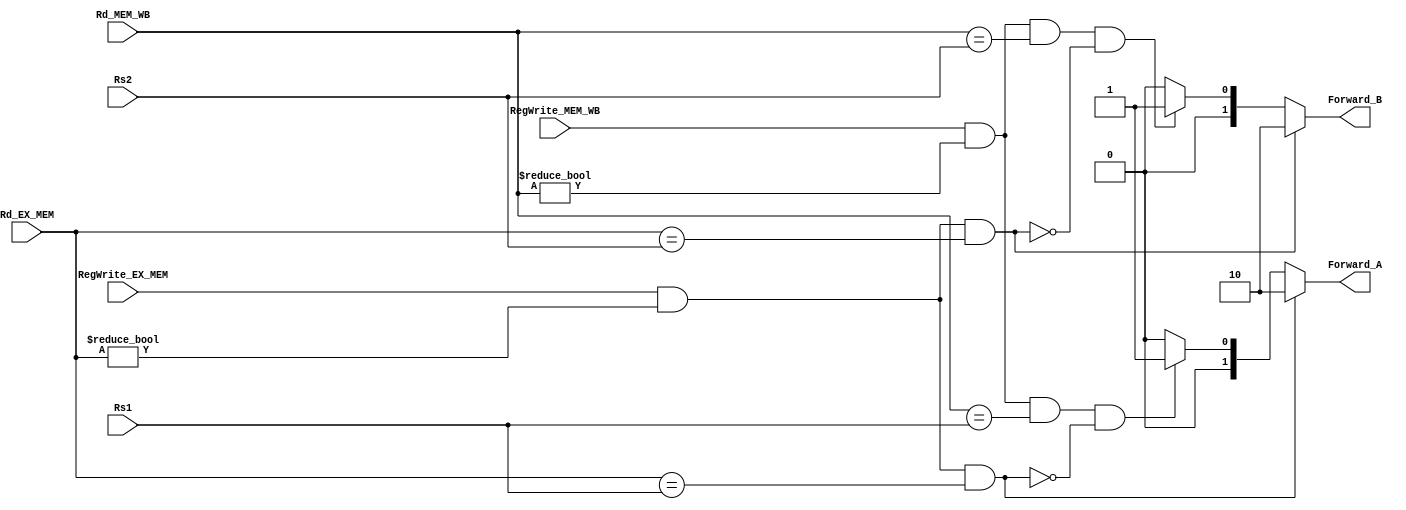
module Forwarding_Unit
  (
    //inputs
    input [4:0] Rs1, 
    input [4:0] Rs2,
    input [4:0] Rd_EX_MEM,
    input [4:0] Rd_MEM_WB,

    //control signals
	input RegWrite_EX_MEM,
	input RegWrite_MEM_WB,	

    //outputs
    output reg [1:0] Forward_A, 
    output reg [1:0] Forward_B
  );

  always @ (*)
    begin
     //Forward A

      //EX Hazard
      if (RegWrite_EX_MEM && Rd_EX_MEM != 0 && Rd_EX_MEM == Rs1)
        Forward_A = 2'b10;

      //MEM Hazard
      else if ((RegWrite_MEM_WB && (Rd_MEM_WB != 0) && Rd_MEM_WB == Rs1) &&!(RegWrite_EX_MEM && Rd_EX_MEM != 0 && Rd_EX_MEM == Rs1))
        Forward_A = 2'b01;

      else
        Forward_A = 2'b00;

      //Forward B

      //EX Hazard
      if (RegWrite_EX_MEM && Rd_EX_MEM != 0 && Rd_EX_MEM == Rs2)
        Forward_B = 2'b10;

      //MEM Hazard
      else if ((RegWrite_MEM_WB && (Rd_MEM_WB != 0) && Rd_MEM_WB == Rs2)&& !(RegWrite_EX_MEM && Rd_EX_MEM != 0 && Rd_EX_MEM == Rs2))
        Forward_B = 2'b01;

       else
        Forward_B = 2'b00;
		
    end

endmodule